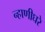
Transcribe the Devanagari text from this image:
न्हाणीघरे